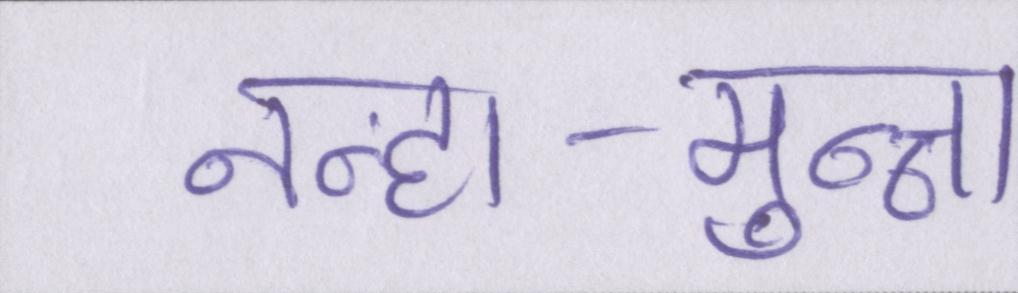
नन्हा-मुन्ना